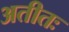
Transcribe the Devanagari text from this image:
अतीतः